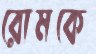
রোমকে